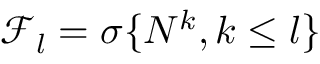
\mathcal { F } _ { l } = \sigma \{ N ^ { k } , k \le l \}